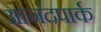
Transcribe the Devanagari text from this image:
आनंदपार्क